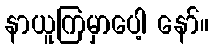
နာယူကြမှာပေါ့ နော်။